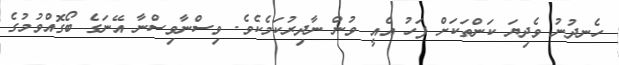
ހެނދުނު ވެދިޔަ ކަންތަކަށް ފަހު އެއީ ވުން ނާދިރުކަމެކެވެ. ވިސްނާވިސްނާ އޭނަގެ ބޯގޮއްވުމުގެ